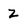
Character: z